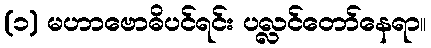
(၁) မဟာဗောဓိပင်ရင်း ပလ္လင်တော်နေရာ။